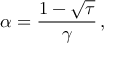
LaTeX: \alpha = \frac { 1 - \sqrt { \tau } } { \gamma } \, ,